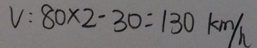
V : 8 0 \times 2 - 3 0 = 1 3 0 k m / h